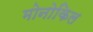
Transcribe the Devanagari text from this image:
मोनोकिल